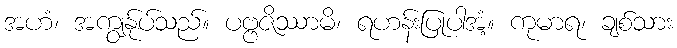
အဟံ၊ အကျွန်ုပ်သည်။ ပဗ္ဗဇိဿာမိ၊ ရဟန်းပြုပါအံ့။ ကုမာရ၊ ချစ်သား